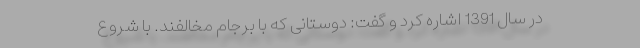
در سال 1391 اشاره کرد و گفت: دوستانی که با برجام مخالفند. با شروع